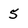
Character: 5